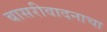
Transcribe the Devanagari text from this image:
बासरीवादनाचा